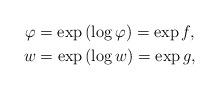
LaTeX: \begin{gather*}\varphi = \exp\left(\log\varphi\right) = \exp f,\\w = \exp\left(\log w\right) = \exp g,\end{gather*}